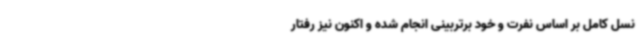
نسل کامل بر اساس نفرت و خود برتربینی انجام شده و اکنون نیز رفتار